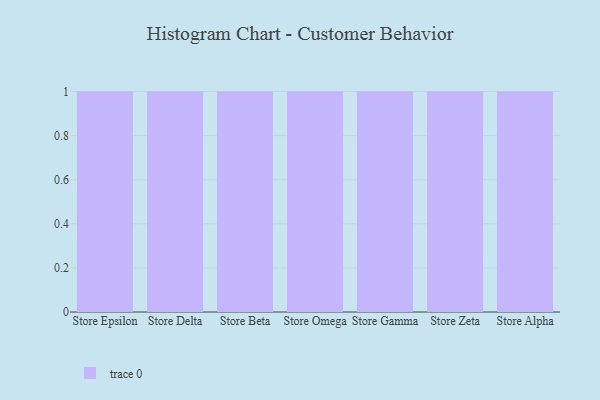
{"axis": {"x": "Store", "y": "Population (Million)"}, "legend": [""], "data": [{"x": "Store Epsilon", "y": 41, "type": ""}, {"x": "Store Delta", "y": 13, "type": ""}, {"x": "Store Beta", "y": 46, "type": ""}, {"x": "Store Omega", "y": 88, "type": ""}, {"x": "Store Gamma", "y": 21, "type": ""}, {"x": "Store Zeta", "y": 30, "type": ""}, {"x": "Store Alpha", "y": 55, "type": ""}]}